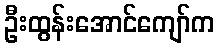
ဦးထွန်းအောင်ကျော်က